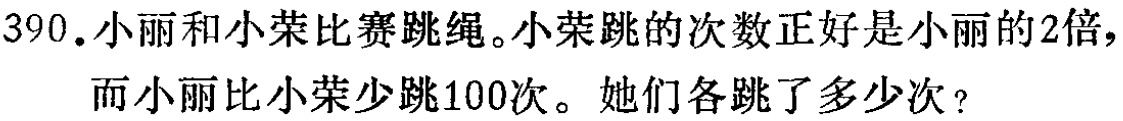
390. 小丽和小荣比赛跳绳。小荣跳的次数正好是小丽的2倍，而小丽比小荣少跳100次。她们各跳了多少次？